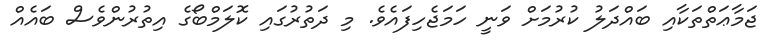
ޖަމާޢަތްތަކާއި ބައްދަލު ކުރުމަށް ވަނީ ހަމަޖެހިފައެވެ. މި ދަތުރުގައި ކޮލަމްބޯގެ އިތުރުންވެސް ބައެއް